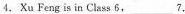
4. Xu Feng is in Class 6.___?.